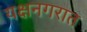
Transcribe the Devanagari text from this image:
यक्षनगरात